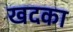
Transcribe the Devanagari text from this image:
खदका